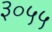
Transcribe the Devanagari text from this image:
३०५५